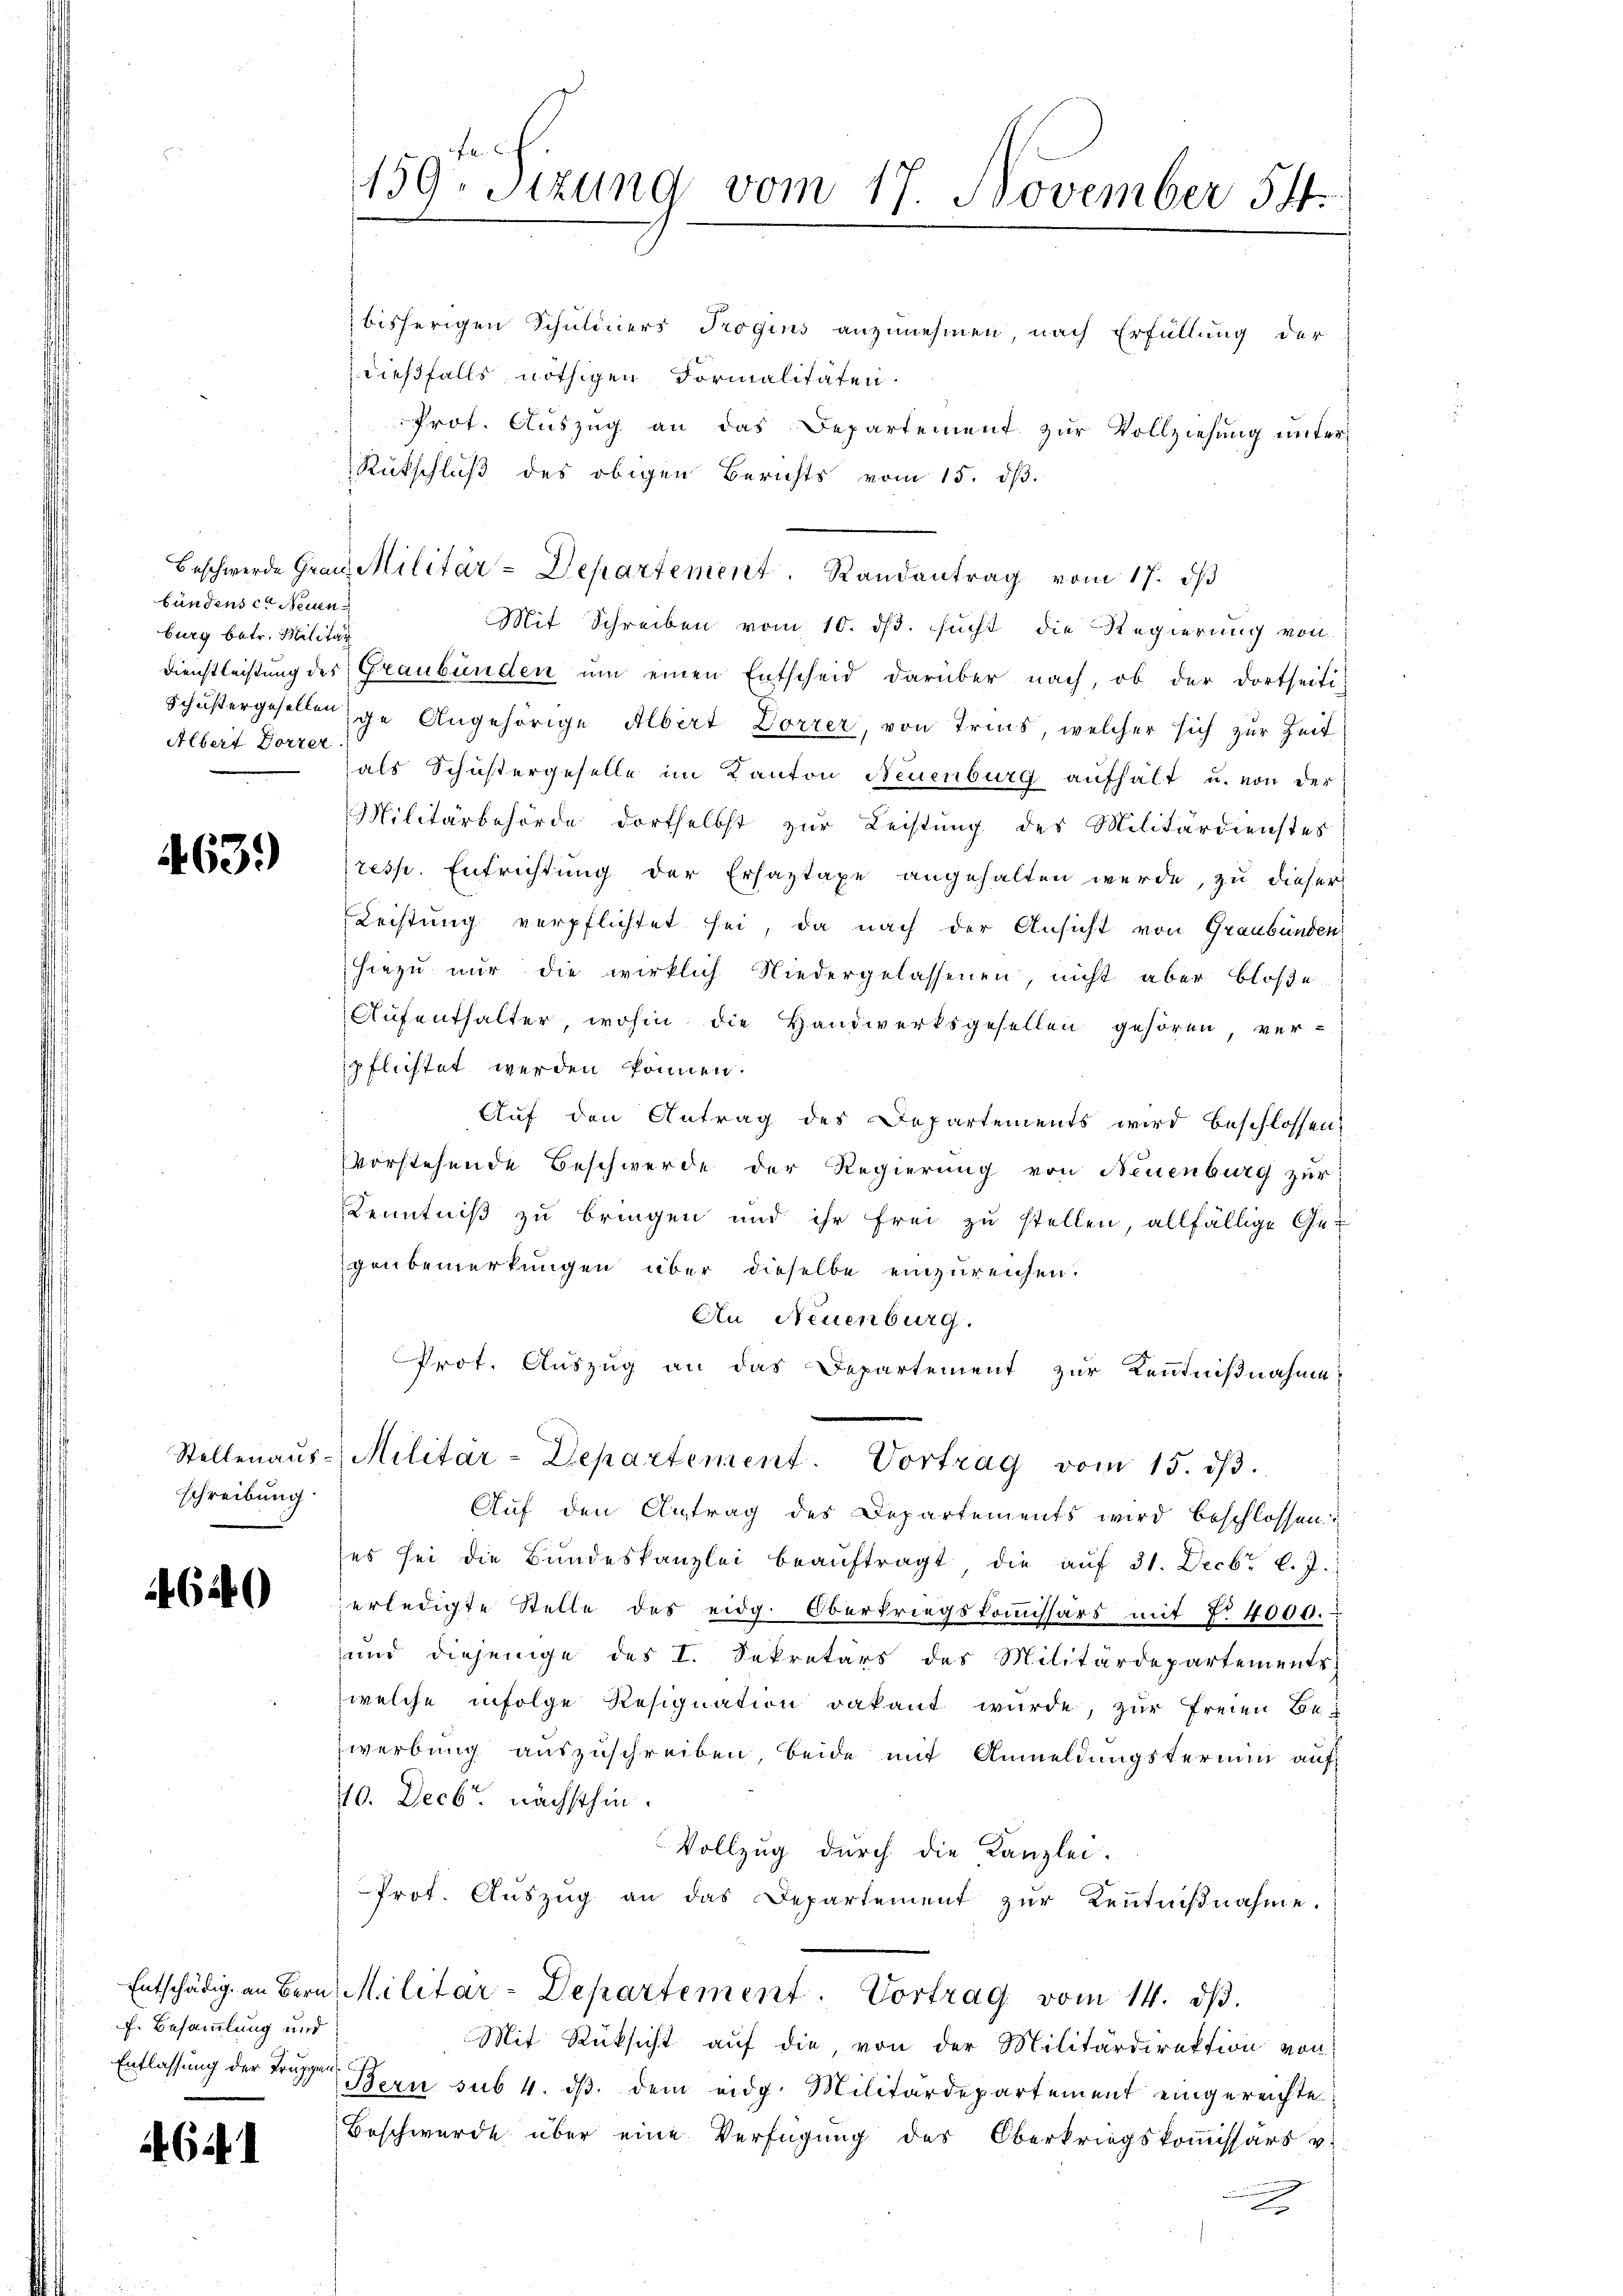
bündensee Neuen
burg betr. Militär
Albert Dorter

463.

schreibung

4640

f. Besammlung und
Entlassung der Truppen

464

bisherigen Schuldners Trogins anzunehmen nach Erfüllung der
dießfalls nöthigen Formalitäten.
Prot. Auszug an das Departement zur Vollziehung unter
Rütschluß des obigen Berichts vom 15. dß.
Beschwerde Graus Militär-Departement. Randantrag vom 17. ds
Mit Schreiben vom 10. ds. sucht die Regierung von
Dienstleistung des Graubünden um einen Entscheid darüber nach, ob der dortseiti-
schustergesellenge Angehörige Albert Dorrer, von Tries, welcher sich zur Zeit
als Schustergeselle im Kanton Neuenburg aufhält u. von der
Militärbehörde dortselbst zur Leistung des Militärdienstes
resp. Entrichtung der Erhaztaxe angehalten werde, zu dieser
Leistung verpflichtet sei, da nach der Ansicht von Graubünden
hiezu nur die wirklich Niedergelassenen, nicht aber bloße
Aufenthalter, wohin die Handwerksgesellen gehören, ver-
spflichtet werden können.
Auf den Antrag des Departements wird beschlossen,
vorstehende Beschwerde der Regierung von Neuenburg zur
Kenntniß zu bringen und ihr frei zu stellen, allfällige Gegenbemerkungen über dieselbe einzureichen.
An Neuenburg.
Prot. Auszug an das Departement zur Kenntnißnahme
Stellenaŭs-Militär-Departement. Vortrag vom 15. dβ.
Auf den Antrag des Departements wird beschlossen:
ses sei die Bŭndeskanzlei beaŭftragt, die aŭf 31. Decbr l. J.
erledigte Stelle des eidg. Oberkriegskoṁissärs mit 7. 4000.-
und diejenige des I. Sekretärs des Militärdepartements
welche infolge Resignation vakant wurde, zur Freien Bewerbung auszuschreiben, beide mit Anmeldungstermin auf
40. Decbr. nächsthin.
Vollzug durch die Kanzlei-
Prot. Aŭszŭg an das Departement zŭr Kenntniβnahme.
Entschädig an Bern, Militar-Departement. Vortrag vom 14. dβ.
Mit Rücksicht auf die, von der Militärdirektion von
Bern sub 4. dβ dem eidg. Militärdepartement eingereichte
Beschwerde über eine Verfügung des Oberkriegskoṁissärs u.
2

159. Sizung vom 17. November 54.